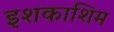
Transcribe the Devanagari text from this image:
इशकाशिम